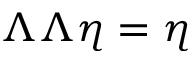
\Lambda \Lambda \eta = \eta